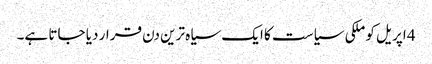
4 اپریل کو ملکی سیاست کا ایک سیاہ ترین دن قرار دیا جاتا ہے۔